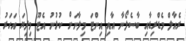
ރެއާލް މެޑްރިޑާއި ބާސެލޯނާ އާއި އިންޓަ މިލާނަށް ކުޅުނު އެޓޫ މިދިޔަ އަހަރު